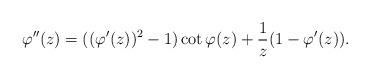
LaTeX: \begin{align*} \varphi''(z)=((\varphi'(z))^2-1)\cot\varphi(z)+\frac{1}{z}(1-\varphi'(z)). \end{align*}